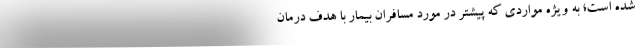
شده است؛ به ویژه مواردی که پیشتر در مورد مسافران بیمار با هدف درمان